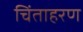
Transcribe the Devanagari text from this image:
चिंताहरण